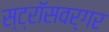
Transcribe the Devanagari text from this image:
स्ट्रॉसवर्गर